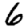
Digit: 6